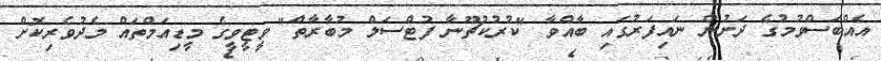
އެއްބަސްވުމުގެ ދަށުން ނައިފަރުގައި ބާއްވާ "ކުރުކުޗޫނާ ފުޓްސަލް މުބާރާތް" ވީޓީވީގެ މީޑިއަމްތައް މެދުވެރިކޮށް